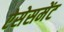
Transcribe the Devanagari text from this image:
ऐसेसमेंट